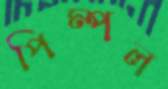
পিম্পল